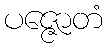
ပဇ္ဇောတံ